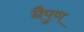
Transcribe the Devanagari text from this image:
नैपुण